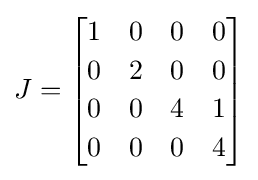
J={\begin{bmatrix}1&0&0&0\\[2pt]0&2&0&0\\[2pt]0&0&4&1\\[2pt]0&0&0&4\end{bmatrix}}